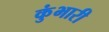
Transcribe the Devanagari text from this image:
कुंभारी